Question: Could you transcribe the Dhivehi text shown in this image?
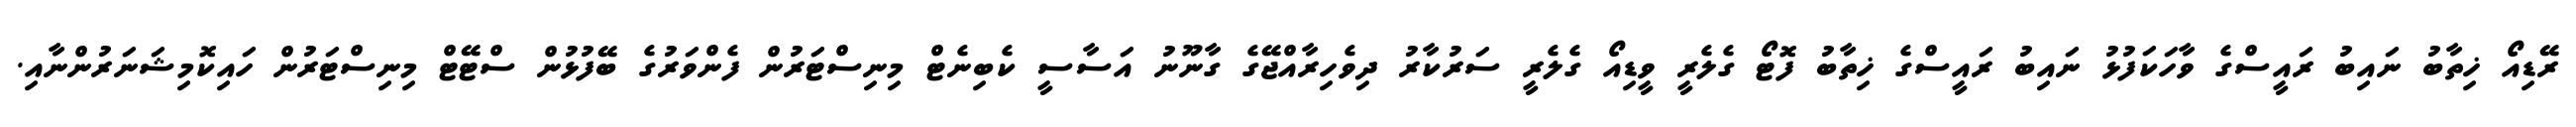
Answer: ރޭޑިއޯ ޚިތާބު ނައިބު ރައީސްގެ ވާހަކަފުޅު ނައިބު ރައީސްގެ ޚިތާބު ފޮޓޯ ގެލެރީ ވީޑިއޯ ގެލެރީ ސަރުކާރު ދިވެހިރާއްޖޭގެ ގާނޫނު އަސާސީ ކެބިނެޓް މިނިސްޓަރުން ފެންވަރުގެ ބޭފުޅުން ސްޓޭޓް މިނިސްޓަރުން ހައިކޮމިޝަނަރުންނާއި.